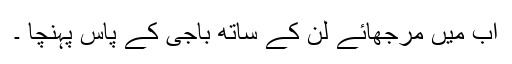
اب میں مرجھائے لن کے ساتھ باجی کے پاس پہنچا ۔